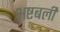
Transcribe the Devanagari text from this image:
अष्टबली